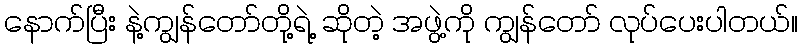
နောက်ပြီး နဲ့ကျွန်တော်တို့ရဲ့ ဆိုတဲ့ အဖွဲ့ကို ကျွန်တော် လုပ်ပေးပါတယ်။